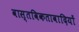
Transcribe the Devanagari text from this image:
वास्तविकतावादियों